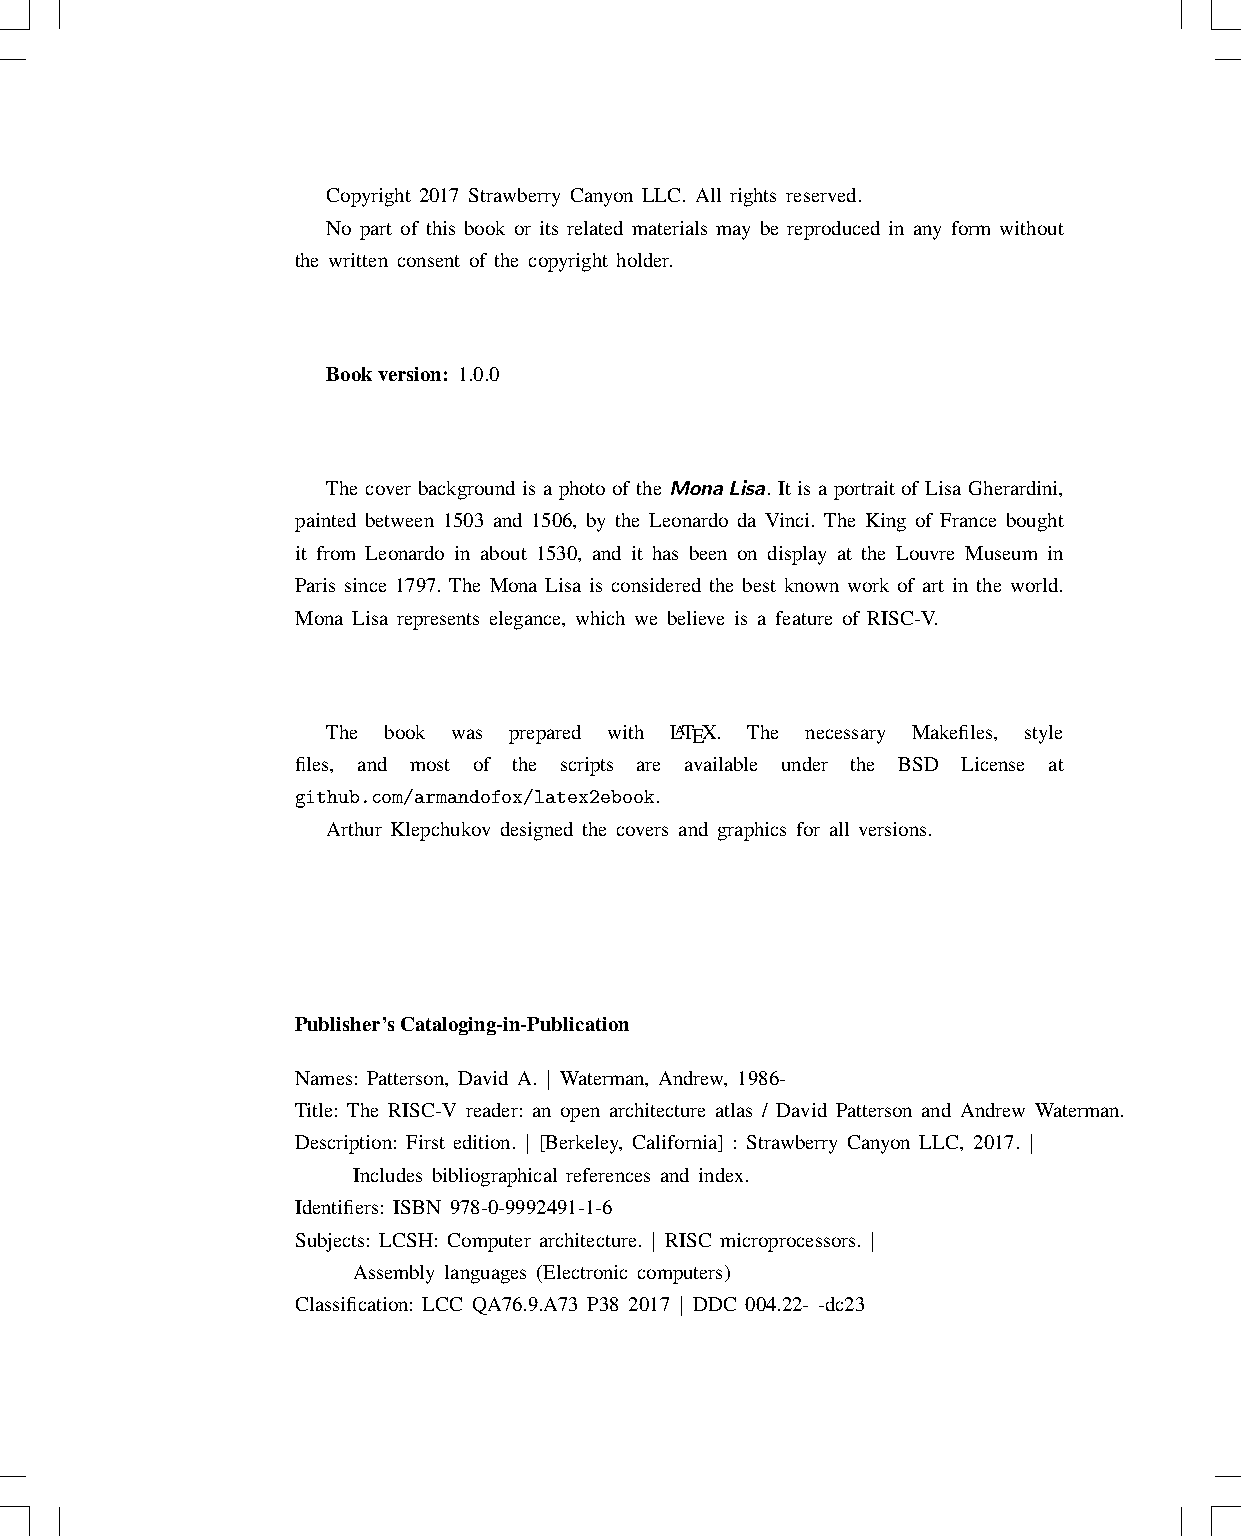
Copyright 2017 Strawberry Canyon LLC. All rights reserved.
 No part of this book or its related materials may be reproduced in any form without
 the written consent of the copyright holder.
 Bookversion: 1.0.0
 The cover background is a photo of the MonaLisa. It is a portrait of Lisa Gherardini,
 painted between 1503 and 1506, by the Leonardo da Vinci. The King of France bought
 it from Leonardo in about 1530, and it has been on display at the Louvre Museum in
 Paris since 1797. The Mona Lisa is considered the best known work of art in the world.
 Mona Lisa represents elegance, which we believe is a feature of RISC-V.
 The book was prepared with LATEX. The necessary Makefiles, style
 files, and most of the scripts are available under the BSD License at
 github.com/armandofox/latex2ebook.
 Arthur Klepchukov designed the covers and graphics for all versions.
 Publisher’sCataloging-in-Publication
 Names: Patterson, David A. | Waterman, Andrew, 1986-
 Title: The RISC-V reader: an open architecture atlas / David Patterson and Andrew Waterman.
 Description: First edition. | [Berkeley, California] : Strawberry Canyon LLC, 2017. |
 Includes bibliographical references and index.
 Identifiers: ISBN 978-0-9992491-1-6
 Subjects: LCSH: Computer architecture. | RISC microprocessors. |
 Assembly languages (Electronic computers)
 Classification: LCC QA76.9.A73 P38 2017 | DDC 004.22- -dc23